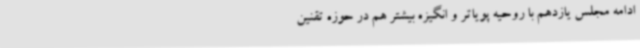
ادامه مجلس یازدهم با روحیه پویاتر و انگیزه بیشتر هم در حوزه تقنین